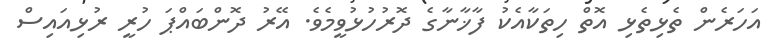
އަހަރެން ތެޅިތެޅި އޮތް ހިތަކާއެކު ފާޚާނާގެ ދޮރުހުޅުވީމެވެ. އޭރު ދޮންބައްޕަ ހުރީ ރުޅިއައިސް